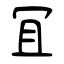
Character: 冝